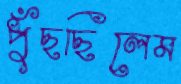
পুঁছছিলেম